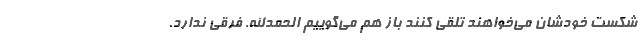
شکست خودشان می‌خواهند تلقی کنند باز هم می‌گوییم الحمدالله. فرقی ندارد.